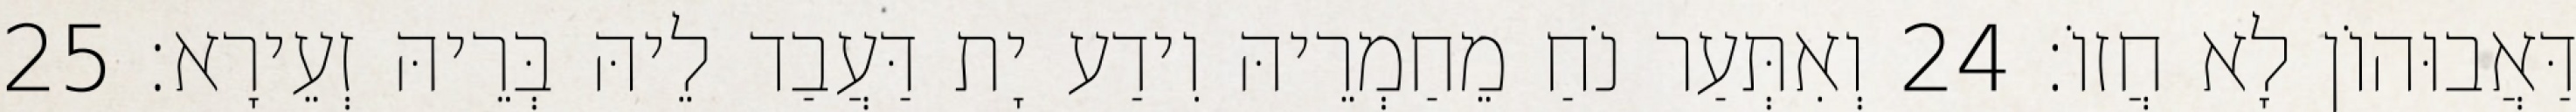
דַּאֲבוּהוֹן לָא חֲזוֹ׃ 24 וְאִתְּעַר נֹחַ מֵחַמְרֵיהּ וִידַע יָת דַּעֲבַד לֵיהּ בְּרֵיהּ זְעֵירָא׃ 25